Civil Veterinary Department. Madras. Admin. report 1926-33 - 1926-1933
Year: 1926
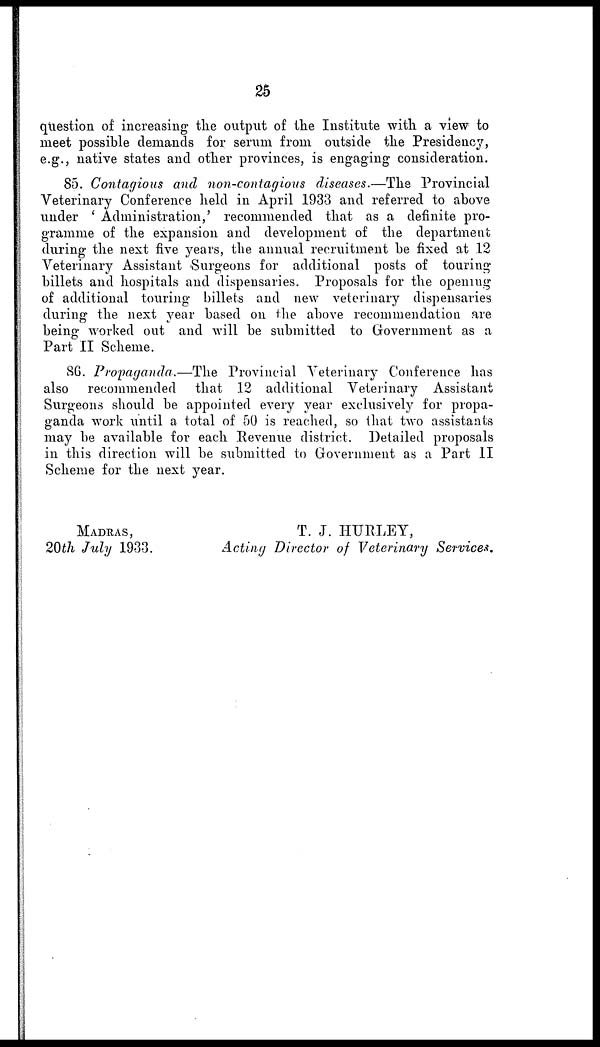
25
question of increasing the output of the Institute with a view to
meet possible demands for serum from outside the Presidency,
e.g., native states and other provinces, is engaging consideration.
85. Contagious and non-contagious diseases.—The Provincial
Veterinary Conference held in April 1933 and referred to above
under ' Administration, ' recommended that as a definite pro-
gramme of the expansion and development of the department
during the next five years, the annual recruitment be fixed at 12
Veterinary Assistant Surgeons for additional posts of touring
billets and hospitals and dispensaries. Proposals for the opening
of additional touring billets and new veterinary dispensaries
during the next year based on the above recommendation are
being worked out and will be submitted to Government as a
Part II Scheme.
86. Propaganda.—The Provincial Veterinary Conference has
also recommended that 12 additional Veterinary Assistant
Surgeons should be appointed every year exclusively for propa-
ganda work until a total of 50 is reached, so that two assistants
may be available for each Revenue district. Detailed proposals
in this direction will be submitted to Government as a Part II
Scheme for the next year.
MADRAS,
20th July 1933.
T. J. HURLEY,
Acting Director of Veterinary Services,